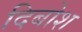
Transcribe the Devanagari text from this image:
दिबोश